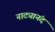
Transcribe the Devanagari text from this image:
नाट्यानंद